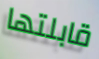
قابلتها